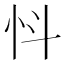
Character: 𢗸